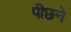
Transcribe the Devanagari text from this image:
पीछने